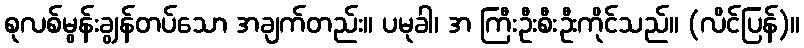
စုလစ်မွန်းချွန်တပ်သော အချက်တည်း။ ပမုခါ၊ အ ကြီးဦးစီးဦးကိုင်သည်။ (လိင်ပြန်)။